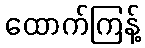
ထောက်ကြန့်